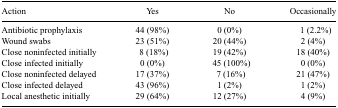
<table><thead><tr><td><b>Action</b></td><td><b>Yes</b></td><td><b>No</b></td><td><b>Occasionally</b></td></tr></thead><tbody><tr><td>Antibiotic prophylaxis</td><td>44 (98%)</td><td>0 (0%)</td><td>1 (2.2%)</td></tr><tr><td>Wound swabs</td><td>23 (51%)</td><td>20 (44%)</td><td>2 (4%)</td></tr><tr><td>Close noninfected initially</td><td>8 (18%)</td><td>19 (42%)</td><td>18 (40%)</td></tr><tr><td>Close infected initially</td><td>0 (0%)</td><td>45 (100%)</td><td>0 (0%)</td></tr><tr><td>Close noninfected delayed</td><td>17 (37%)</td><td>7 (16%)</td><td>21 (47%)</td></tr><tr><td>Close infected delayed</td><td>43 (96%)</td><td>1 (2%)</td><td>1 (2%)</td></tr><tr><td>Local anesthetic initially</td><td>29 (64%)</td><td>12 (27%)</td><td>4 (9%)</td></tr></tbody></table>